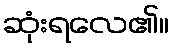
ဆုံးရလေ၏။